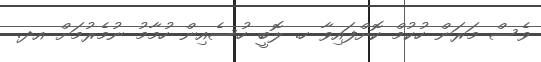
ވެސް މަރަން ހުކުމް ކޮށްފައިވާ ހ. ލޮބީ ހުސެއިން ހުމާމު ނުމެރުމަށް އދ.